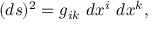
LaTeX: ( d s ) ^ { 2 } = g _ { i k } \ d x ^ { i } \ d x ^ { k } ,